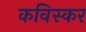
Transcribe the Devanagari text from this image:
कविस्कर